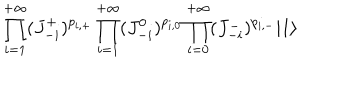
\prod _ { i = 1 } ^ { + \infty } ( J _ { - i } ^ { + } ) ^ { p _ { i , + } } \prod _ { i = 1 } ^ { + \infty } ( J _ { - i } ^ { 0 } ) ^ { p _ { i , 0 } } \prod _ { i = 0 } ^ { + \infty } ( J _ { - i } ^ { - } ) ^ { p _ { i , - } } | 1 \rangle